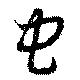
虫